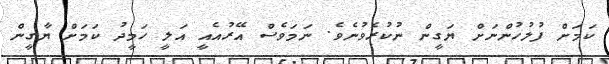
ކަމަށް ފުލުހުންނަށް ޔަގީން ނުކުރެވުނެވެ. ނަމަވެސް އޭރުއެއީ އަލީ ހަމީދު ކަަމަށް ޔާގީން